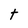
Character: t